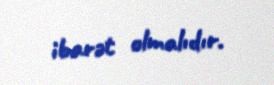
ibarət olmalıdır.